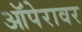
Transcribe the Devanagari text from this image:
ऑपेरावर